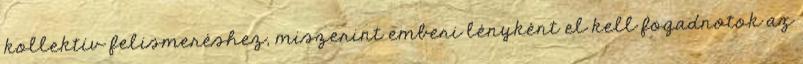
kollektív felismeréshez, miszerint emberi lényként el kell fogadnotok az